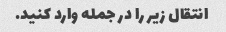
انتقال زیر را در جمله وارد کنید.